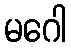
မဂေါ